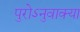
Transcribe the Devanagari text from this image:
पुरोऽनुवाक्या